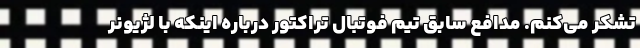
تشکر می‌کنم. مدافع سابق تیم فوتبال تراکتور درباره اینکه با لژیونر